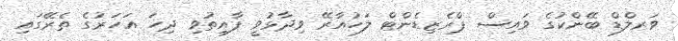
ވަރލްޑް ބޭންކުގެ ވައިސް ޕްރެޒިޑެންޓް ލަހުއާރޭ ވިދާޅުވީ ފާއިތުވި ދިހަ އަހަރުގެ ތެރޭގައި